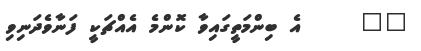
٢٦     އެ ބިންމަތީގައިވާ ކޮންމެ އެއްޗަކީ ފަނާވެދަނިވި